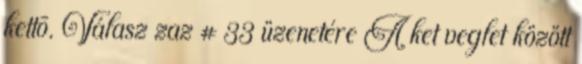
kettõ. Válasz zaz #33 üzenetére A ket veglet között